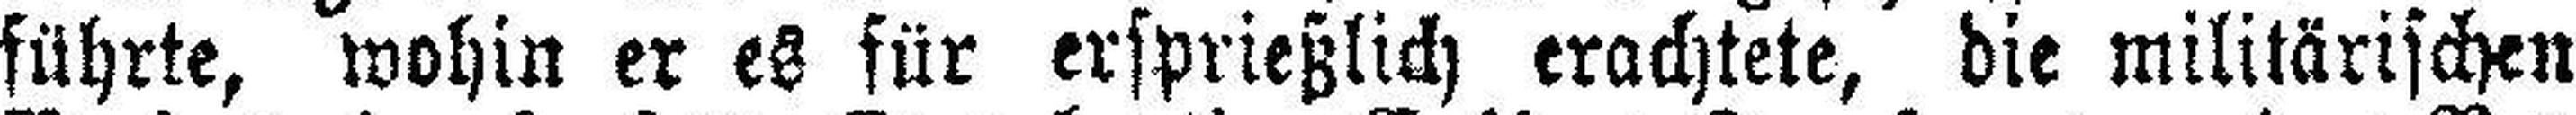
führte, wohin er es für ersprießlich erachtete, die militärischen